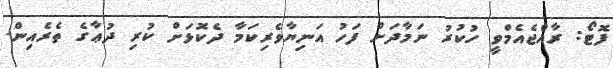
ފޮޓޯ: ރާއްޖެއެމްވީ ހުކުރު ނަމާދަށް ފަހު އަނިޔާވެރިކަމާ ދެކޮޅަށް ކުރި ދުޢާގެ ތެރެއިން.